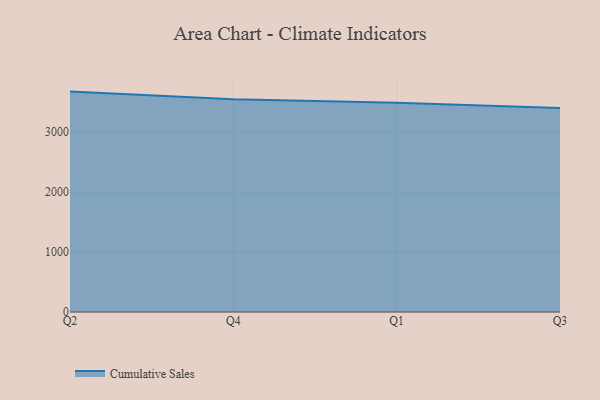
{"axis": {"x": "Quarter", "y": "Backlog"}, "legend": ["Cumulative Sales"], "data": [{"x": "Q2", "y": 3679.3, "type": "Cumulative Sales"}, {"x": "Q4", "y": 3550.6, "type": "Cumulative Sales"}, {"x": "Q1", "y": 3491.5, "type": "Cumulative Sales"}, {"x": "Q3", "y": 3406.6, "type": "Cumulative Sales"}]}